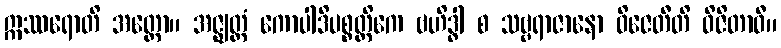
ဣဿရောတိ အတ္ထော။ အဇ္ဈတ္တံ ကောပါဒိပစ္စတ္ထိကေ ဗဟိဒ္ဓါ စ သဗ္ဗရာဇာနော ဝိဇေတီတိ ဝိဇိတာဝီ။